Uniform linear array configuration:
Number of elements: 64
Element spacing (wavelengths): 0.25
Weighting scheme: binomial
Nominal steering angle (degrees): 30
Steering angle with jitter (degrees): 30.844
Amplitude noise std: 0.05
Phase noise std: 0.05

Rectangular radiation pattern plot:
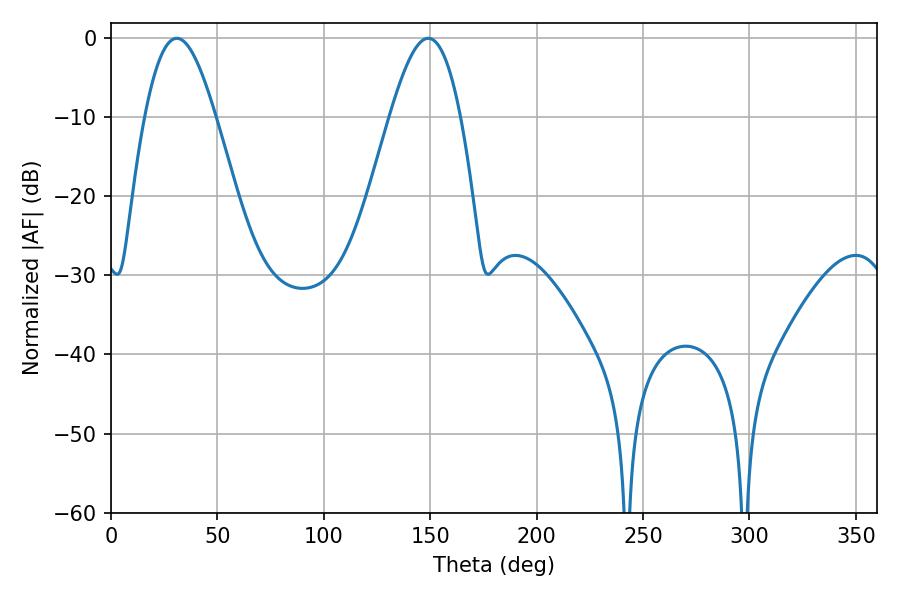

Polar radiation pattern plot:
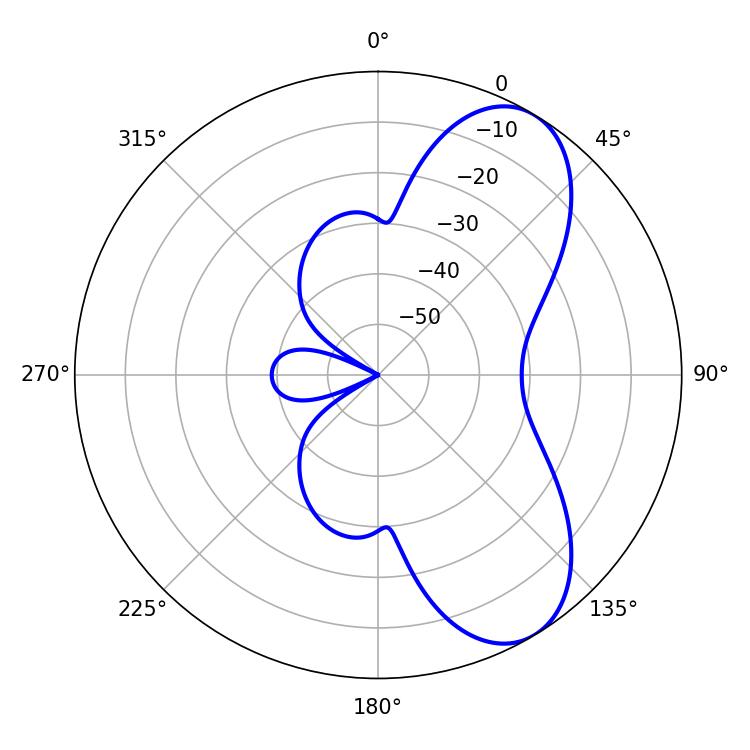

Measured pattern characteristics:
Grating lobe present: FALSE
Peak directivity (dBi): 7.469
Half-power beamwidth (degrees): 17.82
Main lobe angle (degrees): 30.96